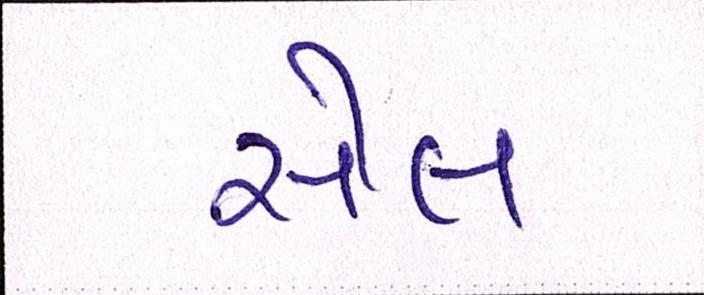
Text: સેલ